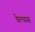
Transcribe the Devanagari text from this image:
वेल्यास